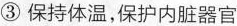
③保持体温，保护内脏器官